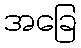
အခြေ